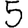
Digit: 5